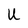
Character: U